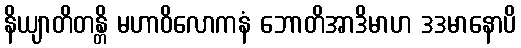
နိယျာတိတန္တိ မဟာဝိလောကနံ ဘောတိအာဒိမာဟ ဒဒမာနောပိ